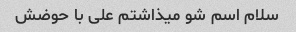
سلام اسم شو میذاشتم علی با حوضش